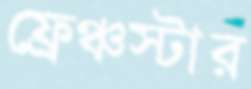
ফ্রেঞ্চস্টার